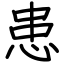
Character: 患